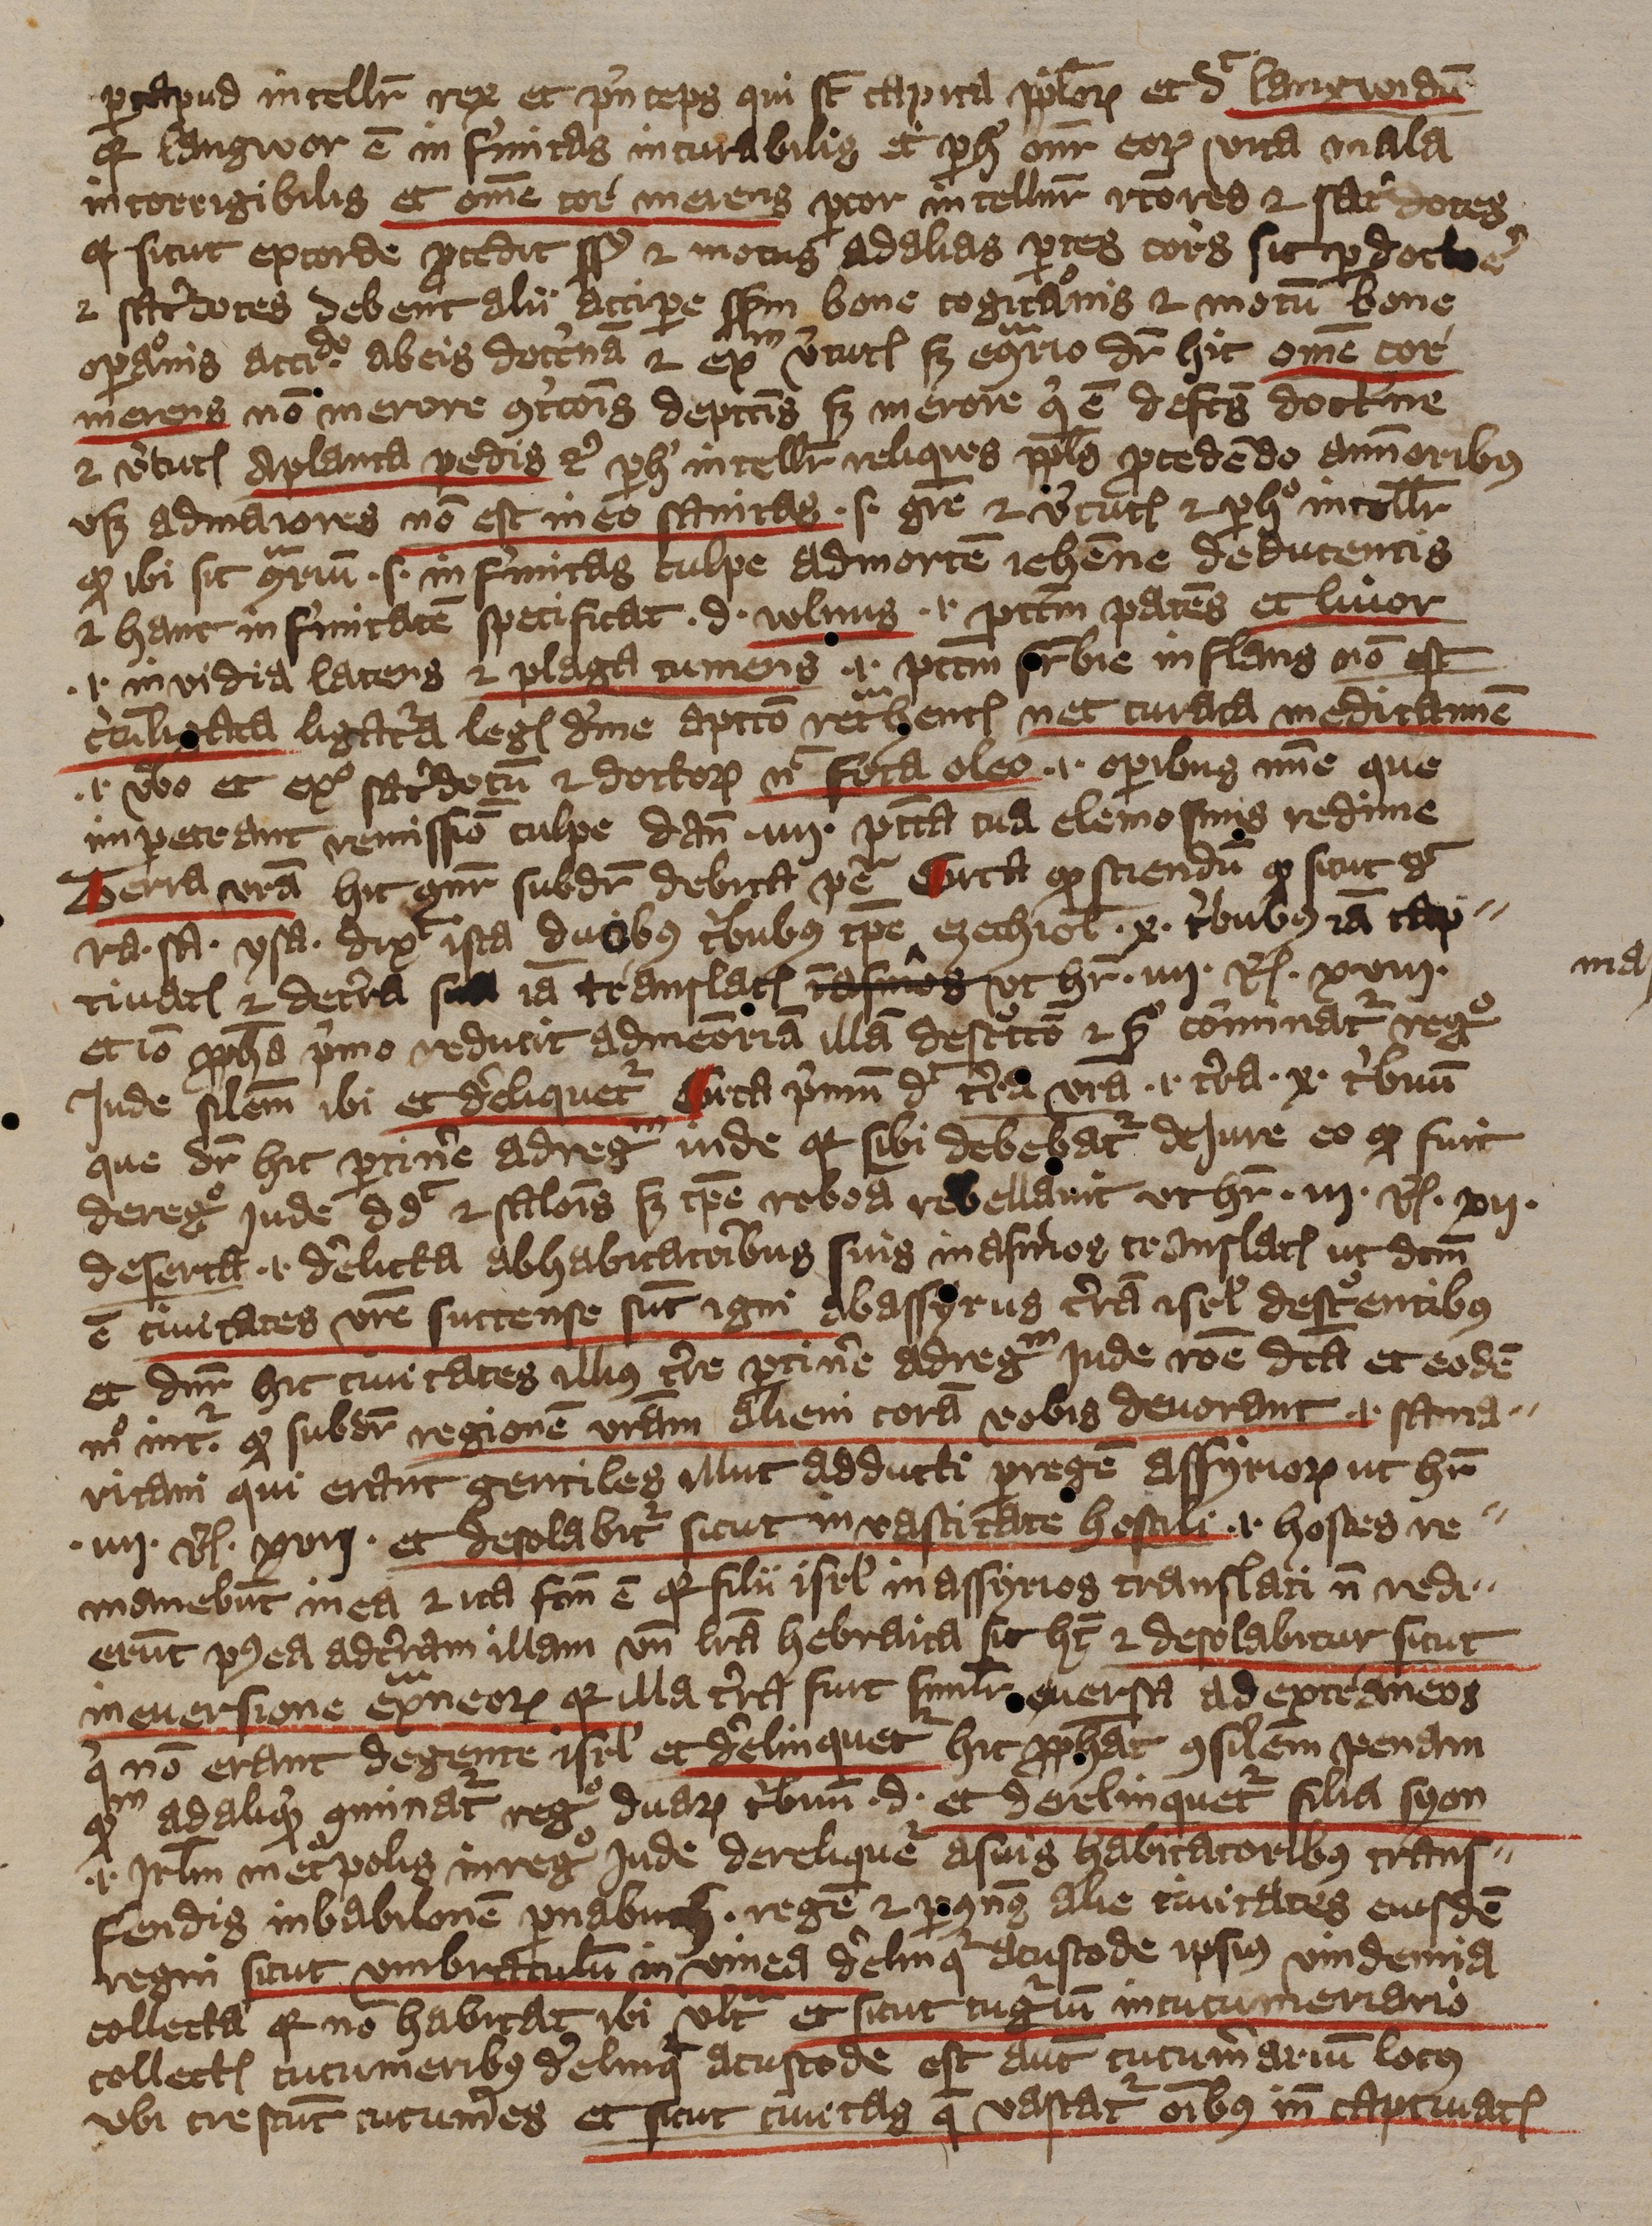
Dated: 1393–1396